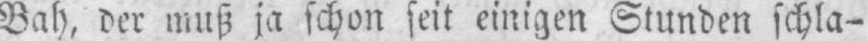
Bah, der muß ja schon seit einigen Stunden schla⸗